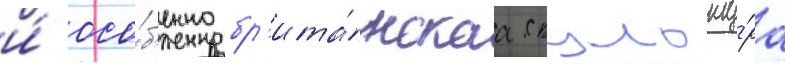
и́ осо́б'енно бр'ита́нскаа скульпту́ра